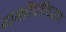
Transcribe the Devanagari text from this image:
यक्षीणीच्या